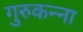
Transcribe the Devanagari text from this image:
गुरुकन्ना